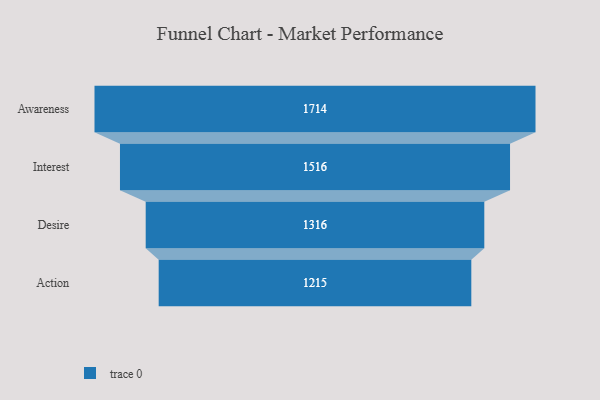
{"axis": {"x": "Stage", "y": "Value"}, "legend": [""], "data": [{"x": "Awareness", "y": 1714.0, "type": ""}, {"x": "Interest", "y": 1516.0, "type": ""}, {"x": "Desire", "y": 1316.0, "type": ""}, {"x": "Action", "y": 1215.0, "type": ""}]}